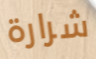
شرارة